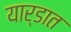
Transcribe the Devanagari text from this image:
यार्डात